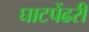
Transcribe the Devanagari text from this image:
घाटपेंढरी